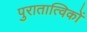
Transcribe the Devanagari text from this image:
पुरातात्विकों